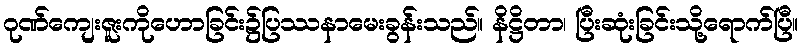
ဂုဏ်ကျေးဇူးကိုဟောခြင်း၌ပြဿနာမေးခွန်းသည်။ နိဋ္ဌိတာ၊ ပြီးဆုံးခြင်းသို့ရောက်ပြီ။